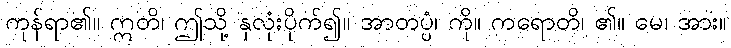
ကုန်ရာ၏။ ဣတိ၊ ဤသို့ နှလုံးပိုက်၍။ အာတပ္ပံ၊ ကို။ ကရောတိ၊ ၏။ မေ၊ အား။